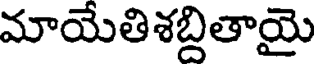
మాయేతిశబ్దితాయై